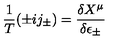
\frac { 1 } { T } ( \pm i j _ { \pm } ) = \frac { \delta X ^ { \mu } } { \delta \epsilon _ { \pm } }